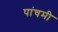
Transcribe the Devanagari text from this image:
पांचमी